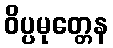
ဝိပ္ပမုတ္တေန